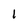
Character: 1